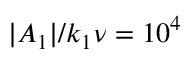
| A _ { 1 } | / k _ { 1 } \nu = 1 0 ^ { 4 }